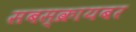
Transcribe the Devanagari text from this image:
सबस्क्रायबर